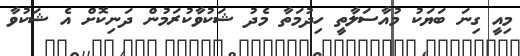
މިއީ ގިނަ ބަޔަކު މުއާސަލާތީ ހިދުމަތާ މެދު ޝަކުވާކުރަމުން ދަނިކޮށް އެ ޝަކުވާ